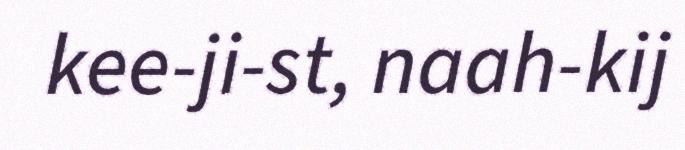
kee-ji-st, naah-kij